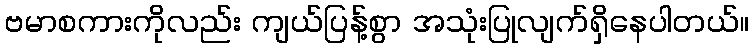
ဗမာစကားကိုလည်း ကျယ်ပြန့်စွာ အသုံးပြုလျက်ရှိနေပါတယ်။